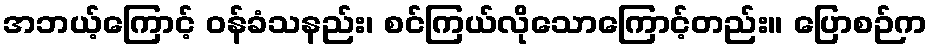
အဘယ့်ကြောင့် ဝန်ခံသနည်း၊ စင်ကြယ်လိုသောကြောင့်တည်း။ ပြောစဉ်က